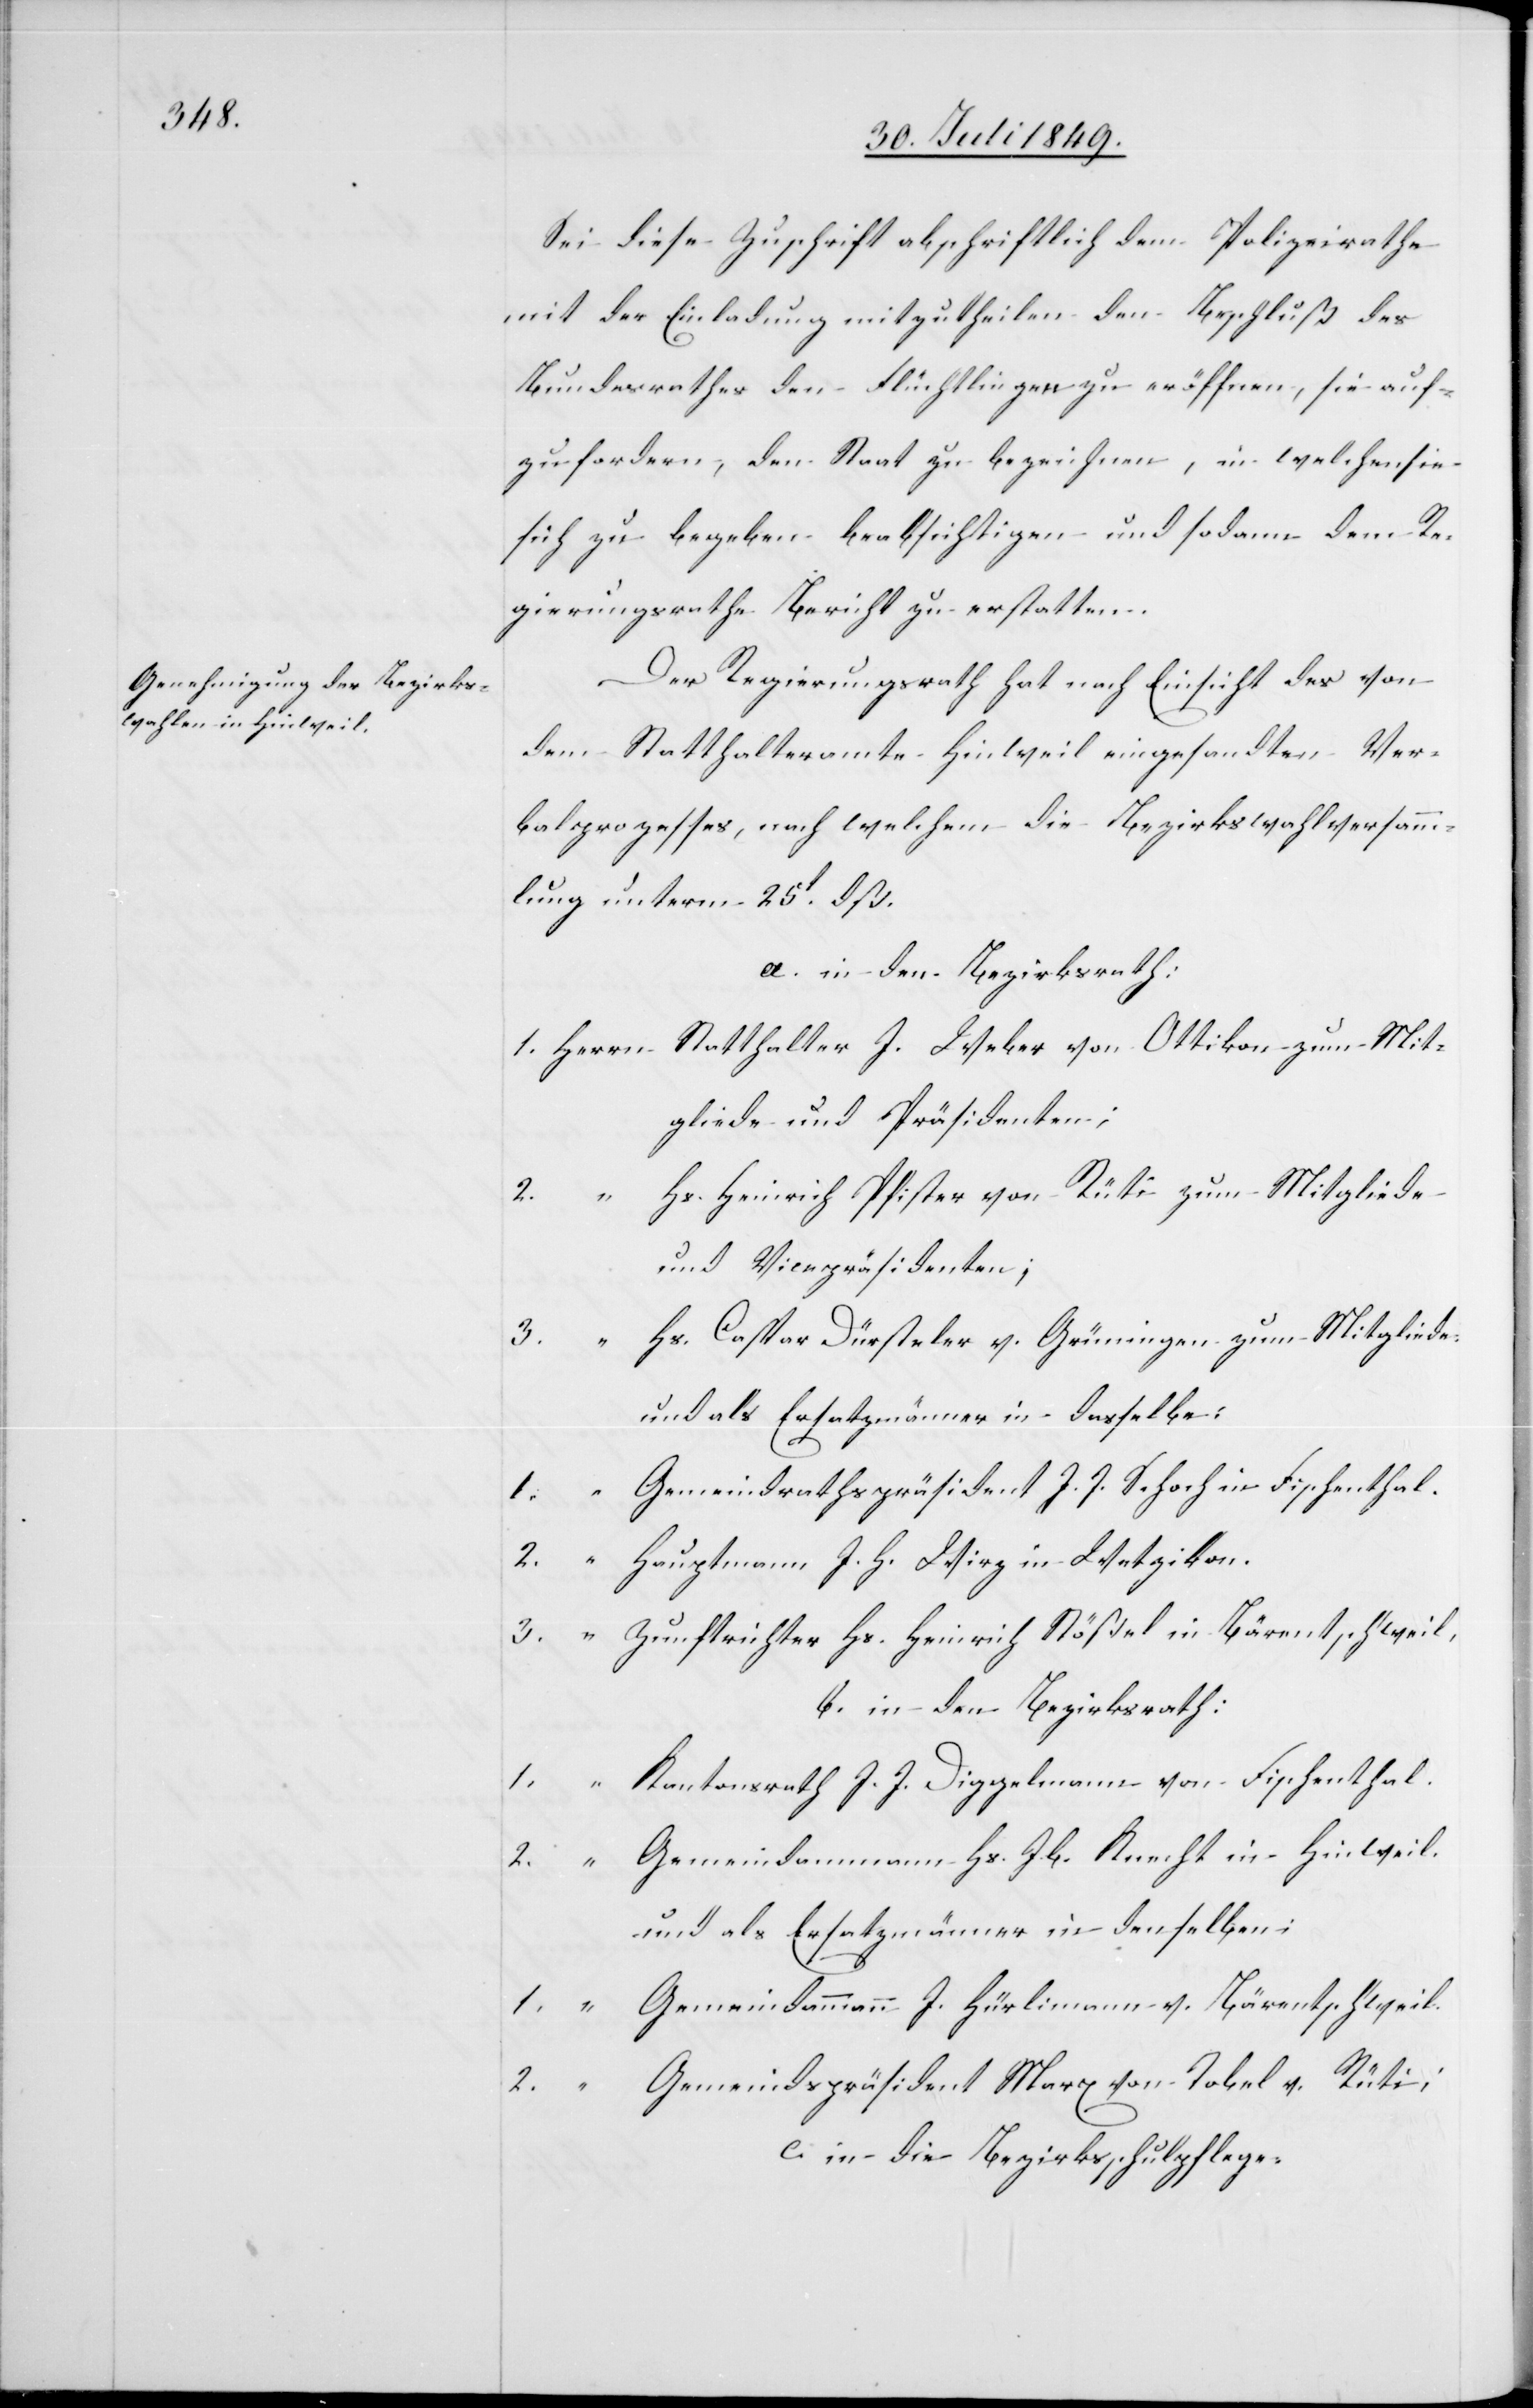
Sei diese Zuschrift abschriftlich dem Polizeirathe
mit der Einladung mitzutheilen den Beschluß des
Bundesrathes den Flüchtlingen zu eröffnen, sie auf¬
zufordern, den Staat zu bezeichnen, in welchen sie
sich zu begeben beabsichtigen und sodann dem Re¬
gierungsrathe Bericht zu erstatten.
Der Regierungsrath hat nach Einsicht des von
dem Statthalteramte Hinweil eingesandten Ver¬
balprozesses, nach welchem die Bezirkswahlversamm¬
lung unterm 25t dß.
a. in den Bezirksrath:
1.	Herrn	Statthalter J. Weber von Ottikon zum Mit¬
gliede und Präsidenten;
Heinrich Pfister von Rüti zum Mitgliede
und Vicepräsidenten;
3. 	 	“	Hs. Caspar Dürsteler v. Grüningen zum Mitgliede
und als Ersatzmänner in dasselbe:
emeindrathspräsident J. J. Schoch in Fischenthal.
2.
auptmann J. H. Wirz in Wetzikon.
unftrichter Hs. Heinrich Stößel in Bärentschweil,
2.		“	G¬
b. in den Bezirksrath:
1.		“	K¬
antonsrath J. J. Diggelmann von Fischenthal.
emeindammann Hs. Jb. Knecht in Hinweil.
und als Ersatzmänner in denselben:
1.		“	Gemeindammann J. Hürlimann v. Bärentschweil.
2.		“	Gemeindspräsident Marx von Tobel v. Rüti;
c. in die Bezirksschulpflege.